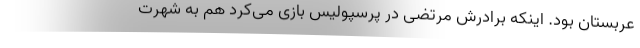
عربستان بود. اینکه برادرش مرتضی در پرسپولیس بازی می‌کرد هم به شهرت